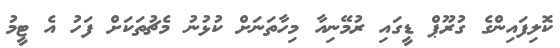
ކޮލިފައިންގެ ގުރޫޕް ޑީގައި ރުމޭނިއާ މިހާތަނަށް ކުޅުނު މެޗުތަކަށް ފަހު އެ ޓީމު